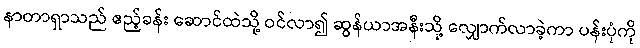
နာတာရှာသည် ဧည့်ခန်း ဆောင်ထဲသို့ ဝင်လာ၍ ဆွန်ယာအနီးသို့ လျှောက်လာခဲ့ကာ ပန်းပုံကို